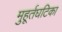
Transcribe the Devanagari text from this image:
मुहूर्तघटिका